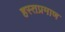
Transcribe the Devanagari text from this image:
हस्तप्रमाण